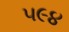
૫૯૪